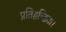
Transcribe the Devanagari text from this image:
प्रतिद्वन्द्विता।